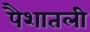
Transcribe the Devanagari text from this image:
पैशातली